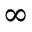
\infty